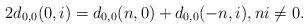
LaTeX: \begin{align*}2d_{0,0}(0,i)=d_{0,0}(n,0)+d_{0,0}(-n,i),ni\ne 0.\end{align*}